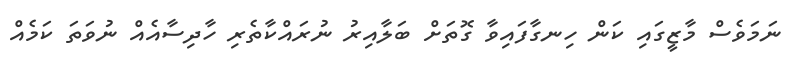
ނަމަވެސް މާޒީގައި ކަން ހިނގާފައިވާ ގޮތަށް ބަލާއިރު ނުރައްކާތެރި ހާދިސާއެއް ނުވަތަ ކަމެއް